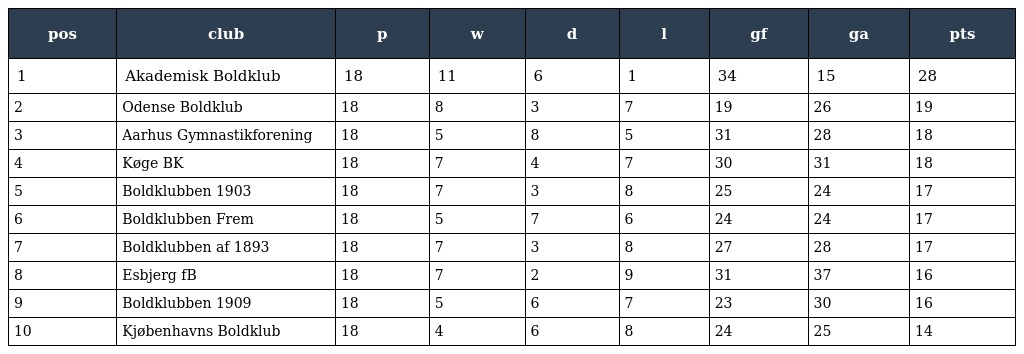
| pos | club | p | w | d | l | gf | ga | pts |
 | --- | --- | --- | --- | --- | --- | --- | --- | --- |
 | 1 | Akademisk Boldklub | 18 | 11 | 6 | 1 | 34 | 15 | 28 |
 | 2 | Odense Boldklub | 18 | 8 | 3 | 7 | 19 | 26 | 19 |
 | 3 | Aarhus Gymnastikforening | 18 | 5 | 8 | 5 | 31 | 28 | 18 |
 | 4 | Køge BK | 18 | 7 | 4 | 7 | 30 | 31 | 18 |
 | 5 | Boldklubben 1903 | 18 | 7 | 3 | 8 | 25 | 24 | 17 |
 | 6 | Boldklubben Frem | 18 | 5 | 7 | 6 | 24 | 24 | 17 |
 | 7 | Boldklubben af 1893 | 18 | 7 | 3 | 8 | 27 | 28 | 17 |
 | 8 | Esbjerg fB | 18 | 7 | 2 | 9 | 31 | 37 | 16 |
 | 9 | Boldklubben 1909 | 18 | 5 | 6 | 7 | 23 | 30 | 16 |
 | 10 | Kjøbenhavns Boldklub | 18 | 4 | 6 | 8 | 24 | 25 | 14 |